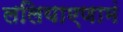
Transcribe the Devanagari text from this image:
ललियाएणामं